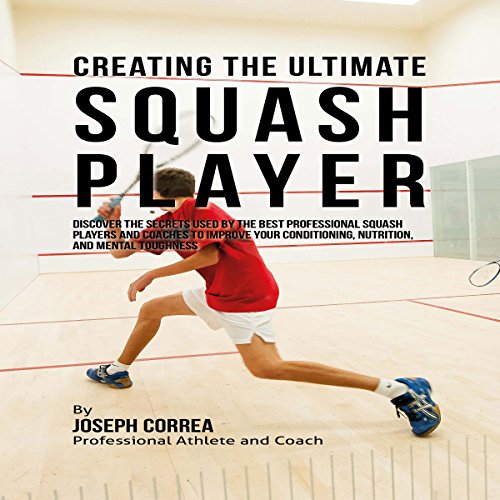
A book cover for Creating the Ultimate Squash Player; Joseph Correa; Sports & Outdoors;